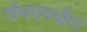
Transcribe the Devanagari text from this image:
गॉथममधील